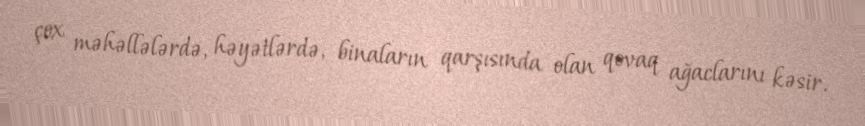
çox məhəllələrdə, həyətlərdə, binaların qarşısında olan qovaq ağaclarını kəsir.